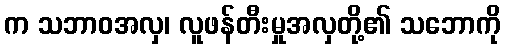
က သဘာဝအလှ၊ လူဖန်တီးမှုအလှတို့၏ သဘောကို